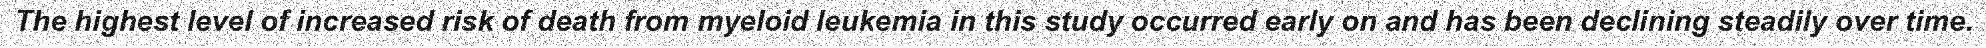
The highest level of increased risk of death from myeloid leukemia in this study occurred early on and has been declining steadily over time.